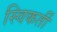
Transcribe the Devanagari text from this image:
स्विकर्ती